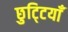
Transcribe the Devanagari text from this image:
छुटि्टयाँ